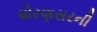
ધોરણસરની